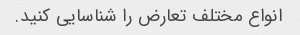
انواع مختلف تعارض را شناسایی کنید.